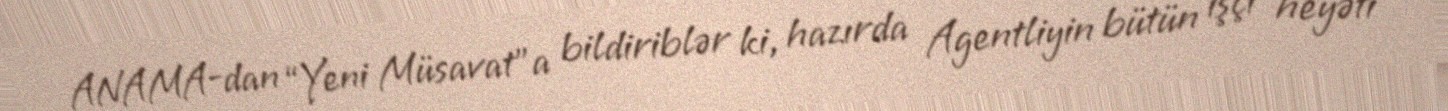
ANAMA-dan “Yeni Müsavat”a bildiriblər ki, hazırda Agentliyin bütün işçi heyəti